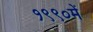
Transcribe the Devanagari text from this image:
१९९०में